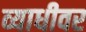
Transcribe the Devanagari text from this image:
व्याधीवर